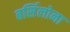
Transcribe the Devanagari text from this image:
बर्सिलोना